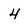
Character: 4